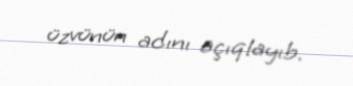
üzvünün adını açıqlayıb.